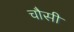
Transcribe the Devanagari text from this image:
चौसी